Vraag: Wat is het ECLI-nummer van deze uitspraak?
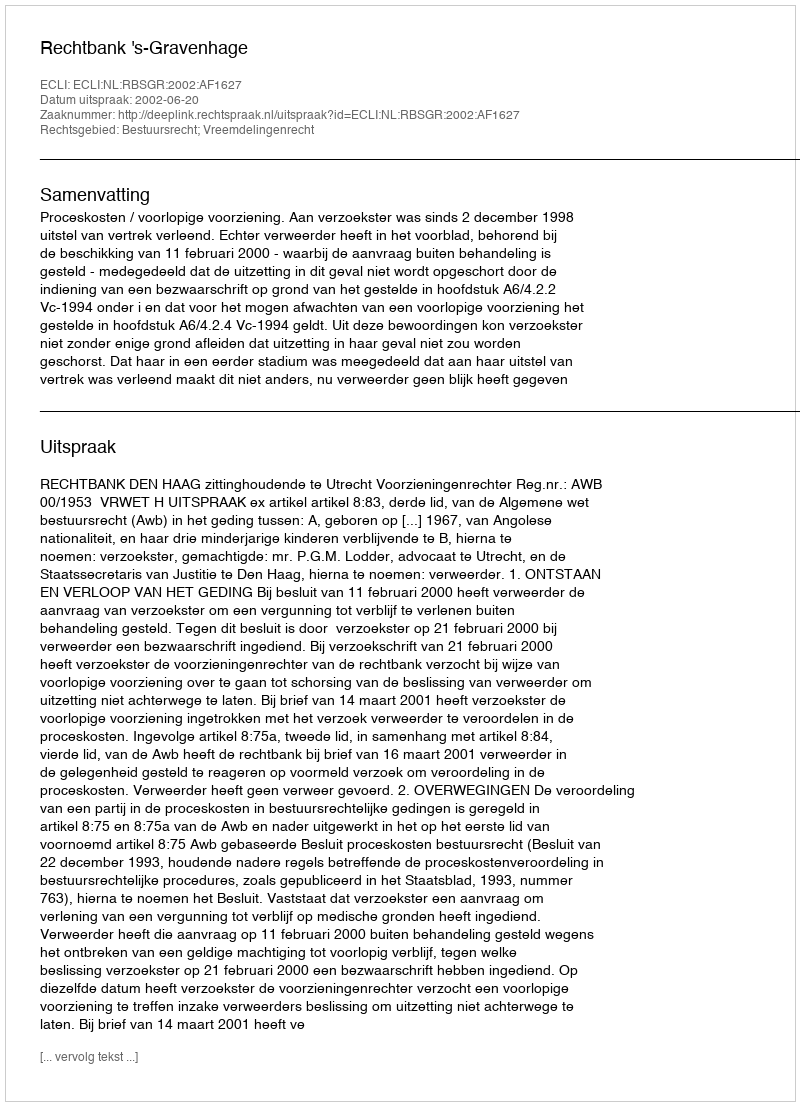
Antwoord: ECLI:NL:RBSGR:2002:AF1627